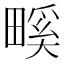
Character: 𤲺